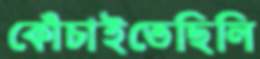
কোঁচাইতেছিলি